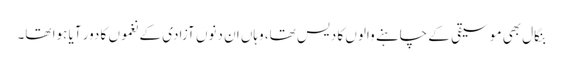
بنگال بھی موسیقی کے چاہنے والوں کا دیس تھا، وہاں ان دنوں آزادی کے نغموں کا دور آیا ہوا تھا۔